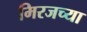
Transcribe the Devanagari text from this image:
मिरजच्या